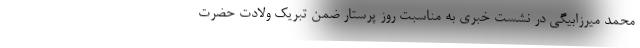
محمد میرزابیگی در نشست خبری به مناسبت روز پرستار ضمن تبریک ولادت حضرت